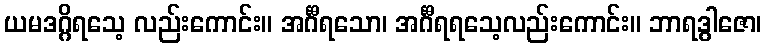
ယမဒဂ္ဂိရသေ့ လည်းကောင်း။ အင်္ဂီရသော၊ အင်္ဂီရရသေ့လည်းကောင်း။ ဘာရဒွါဇော၊